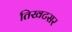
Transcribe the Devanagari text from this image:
तिखटसर